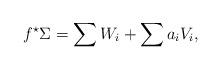
LaTeX: \begin{align*} f^\star \Sigma = \sum W_i + \sum a_i V_i,\end{align*}